Lock hospitals Punjab
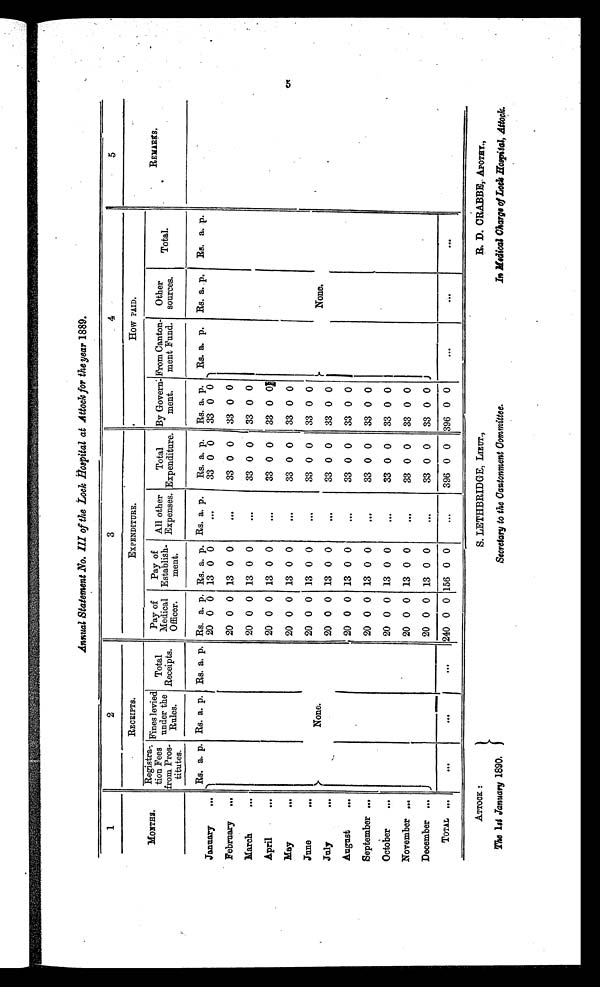
ATTOCK :
The 1st January 1890.
Secretary to the Cantonment Committee.
S. LETHBRIDGE, LIEUT.,
R. D. CRABBE, APOTHY.,
In Medical Charge of Lock Hospital, Attock.
Annual Statement No. III of the Lock Hospital at Attock for the year 1889.
1
2
3
4
5
MONTHS.
RECEIPTS.
EXPENDITURE.
How PAID.
REMARKS
.
Registra
tion Fees
from Pros
titutes.
Fines levied
under the
Rules.
Total
Receipts.
Pay o f M e d i c a l
Officer.
Pay of
Establish
m ent.
All other
Expenses.
Total
Expenditure.
By Govern
ment.
From Canton
ment Fund.
Other
sources.
Total.
Rs. a. p. Rs. a. p. Rs. a. p. Rs. a. p. Rs. a. p. Rs. a. p.
Rs. a. p. Rs. a. p.
Rs. a. p. Rs. a. p . Rs. a. p.
January ...
20 0 0 13 0 0
. . .
3 3
0
0
3 3
0 0
February ...
20 0 0 13 0 0
...
33 0 0
33 0 0
March
...
20 0 0 13 0 0
...
33 0
0 33 0 0
April ...
20 0 0 13 0 0
...
33 0 0
33 0 0
May
. . .
20 0 0 13 0 0
...
33 0 0
33 0 0
June
. . .
20 0 0 13 0 0
...
33 0 0
33 0 0
None.
None.
July
. . .
20 0 0 13 0 0
...
33 0
0
3 3 0 0
August
...
20 0 0 13 0 0
...
33 0
0
3 3 00 0
September ...
20 0 0 13 0 0
...
33 0 0
33 0 0
October
...
20 0 0 13 0 0
...
33 0
0 33 0 0
November ...
20 0 0 13 0 0
...
33 0 0
33 0 0
December ...
20 0 0 13 0 0
...
33 0
0 33 0 0
TOTAL
. . .
. . .
...
...
240 0 0 156 0 0
...
396 0 0 396 0 0
. . .
. . .
. .
5